Problem: 43 + 14 = ?
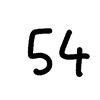
Handwritten answer: 54